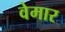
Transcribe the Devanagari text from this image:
वेमार